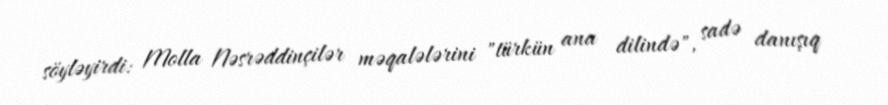
söyləyirdi: Molla Nəsrəddinçilər məqalələrini "türkün ana dilində", sadə danışıq